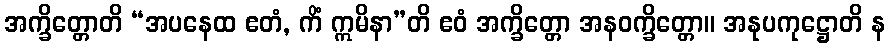
အက္ခိတ္တောတိ “အပနေထ ဧတံ, ကိံ ဣမိနာ”တိ ဧဝံ အက္ခိတ္တော အနဝက္ခိတ္တော။ အနုပကုဋ္ဌောတိ န